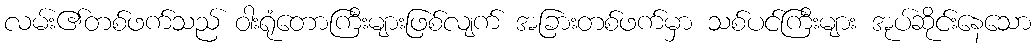
လမ်း၏တစ်ဖက်သည် ဝါးရုံတောကြီးများဖြစ်လျက် အခြားတစ်ဖက်မှာ သစ်ပင်ကြီးများ အုပ်ဆိုင်းနေသော